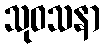
သုဝသနာ